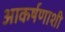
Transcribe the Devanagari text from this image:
आकर्षणाशी